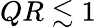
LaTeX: QR\lesssim 1